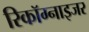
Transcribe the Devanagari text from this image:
रिकॉग्नाइजर